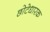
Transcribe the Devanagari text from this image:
छोटेधारक